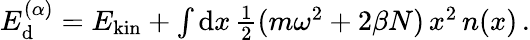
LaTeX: \begin{array}{r}{E_{\mathrm d}^{(\alpha)}=E_{\mathrm{kin}}+\int\mathrm{d}x\, \frac 12(m\omega^{2}+2\beta N)\, x^{2}\, n(x)\, .}\end{array}